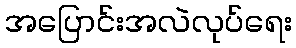
အပြောင်းအလဲလုပ်ရေး